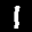
Label: 1